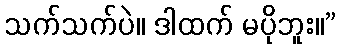
သက်သက်ပဲ။ ဒါထက် မပိုဘူး။”